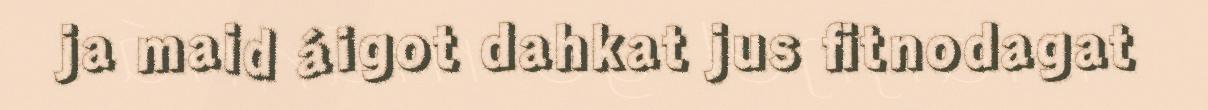
ja maid áigot dahkat jus fitnodagat